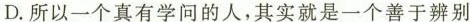
D.所以一个真有学问的人，其实就是一个善于辨别